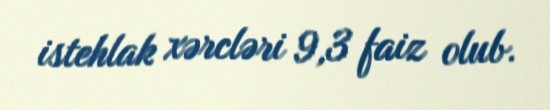
istehlak xərcləri 9,3 faiz olub.